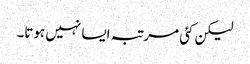
لیکن کئی مرتبہ ایسا نہیں ہوتا۔